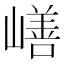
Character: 𰎸